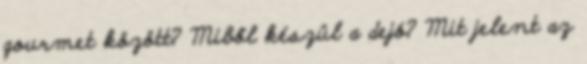
gourmet között? Miből készül a dejó? Mit jelent az